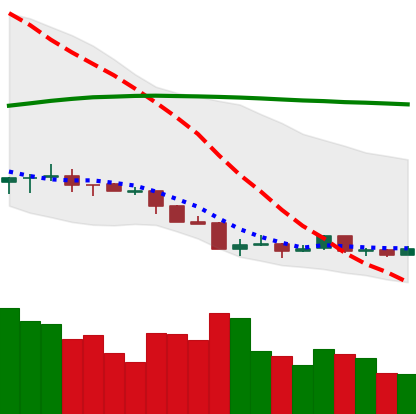
Ticker: ETH-USD
Chart end date: 2018-04-07
Forward return: 27.932%
Label: up_7plus